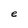
Character: e